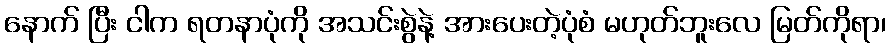
နောက် ပြီး ငါက ရတနာပုံကို အသင်းစွဲနဲ့ အားပေးတဲ့ပုံစံ မဟုတ်ဘူးလေ မြတ်ကိုရာ၊